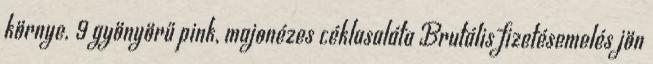
környe. 9 gyönyörű pink, majonézes céklasaláta Brutális fizetésemelés jön